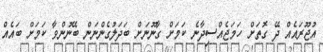
އުޖޫރައެއް ދޭ ގޮތަށް ހަމަޖެއްސިދާނެ ކަމަށް ގާނޫނަށް ބަދަލުގެންނަން ބޭނުންވާ ކަމަށް ބައެއް